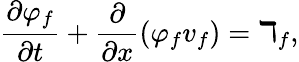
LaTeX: \frac{\partial\varphi_{f}}{\partial t}+\frac{\partial}{\partial x}\left(\varphi_{f}v_{f}\right)=\daleth_{f},